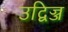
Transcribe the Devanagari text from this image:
उद्विज्ज